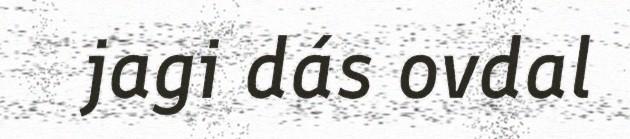
jagi dás ovdal